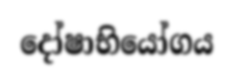
දෝෂාභියෝගය